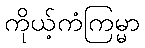
ကိုယ့်ကံကြမ္မာ